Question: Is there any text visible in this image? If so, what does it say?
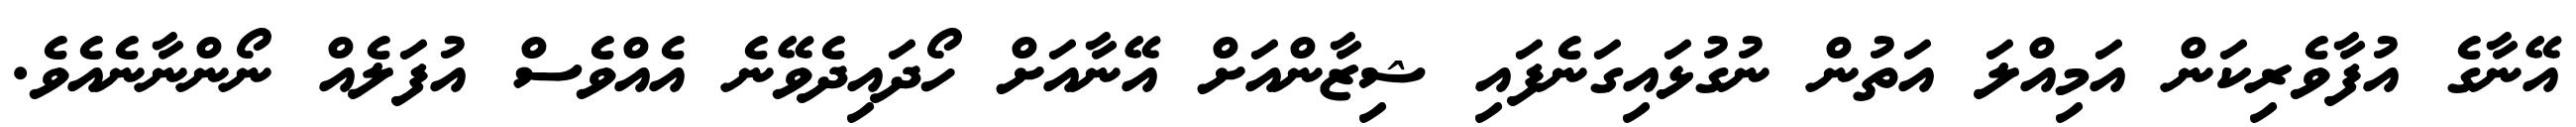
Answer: އޭނާގެ އުފާވެރިކަން އަމިއްލަ އަތުން ނުގުޅައިގަނެފައި ޝިޒާންއަށް އޭނާއަށް ހޯދައިދެވޭނެ އެއްވެސް އުފަލެއް ނޯންނާނެއެވެ.